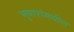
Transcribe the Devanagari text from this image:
भुयारांमधील